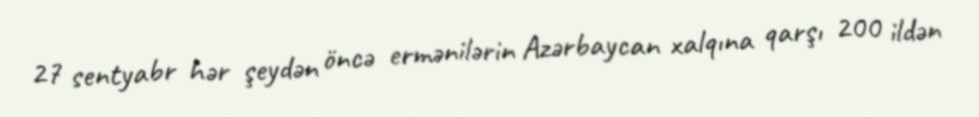
27 sentyabr hər şeydən öncə ermənilərin Azərbaycan xalqına qarşı 200 ildən